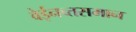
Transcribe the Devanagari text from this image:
वेईनच्तसमान